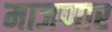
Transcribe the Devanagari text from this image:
माजणार